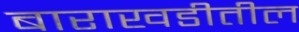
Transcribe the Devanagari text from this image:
बाराखडीतील